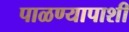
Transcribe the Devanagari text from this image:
पाळण्यापाशी